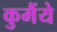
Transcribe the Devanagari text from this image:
कुमैंये